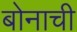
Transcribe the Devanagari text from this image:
बोनाची